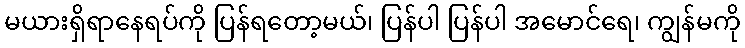
မယားရှိရာနေရပ်ကို ပြန်ရတော့မယ်၊ ပြန်ပါ ပြန်ပါ အမောင်ရေ၊ ကျွန်မကို